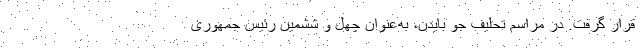
قرار گرفت. در مراسم تحلیف جو بایدن، به‌عنوان چهل و ششمین رئیس جمهوری